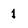
Character: 1